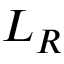
L _ { R }